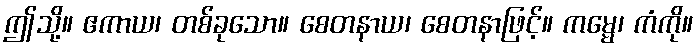
ဤသို့။ ဧကာယ၊ တစ်ခုသော။ စေတနာယ၊ စေတနာဖြင့်။ ကမ္မေ၊ ကံကို။